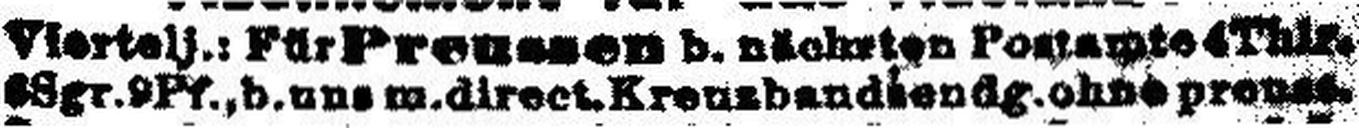
###Sgr.###Pf., b.uns m.direct.Kreuzbandiendg.ohne preu###